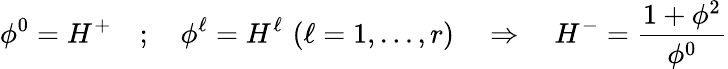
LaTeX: \phi^{0}=H^{+}\quad;\quad\phi^{\ell}=H^{\ell}\, \, (\ell=1,\dots,r)\quad\Rightarrow\quad H^{-}=\frac{1+\mathbf{\phi}^{2}}{\phi^{0}}